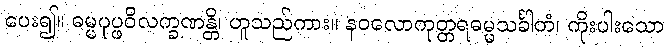
ပေး၍။ ဓမ္မပုပ္ဖဝိလက္ခဏန္တိ၊ ဟူသည်ကား။ နဝလောကုတ္တရဓမ္မသင်္ခါတံ၊ ကိုးပါးသော